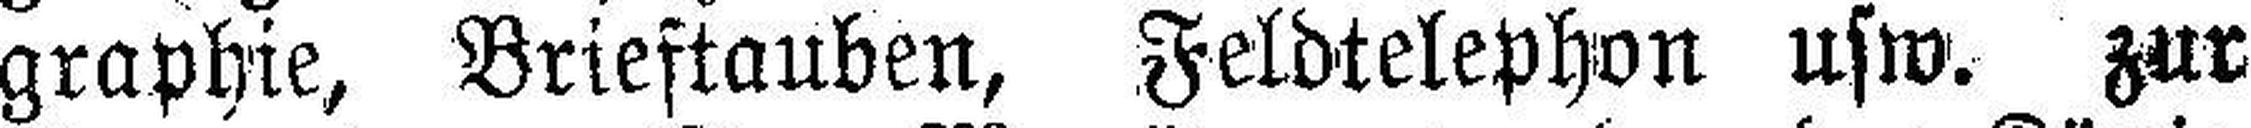
graphie, Brieftauben, Feldtelephon usw. zur